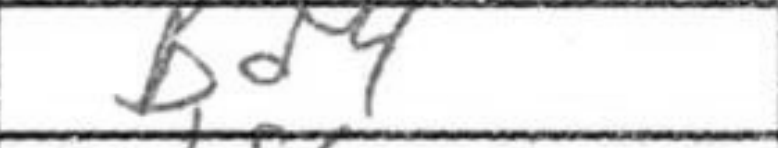
Transcription: Bd4